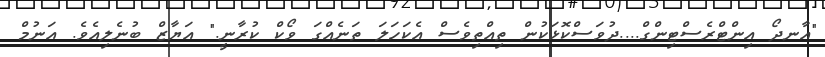
"އާނދޯ އިންޓްރެސްޓިންގް....ދުވަސްކޮޅަކުން ތިއްތިވެސް އެކަހަލަ ތަނެއްގަ ވޯކް ކުރާނީ." އަޔާޒް ބުނެލިއެވެ. އަނުމް